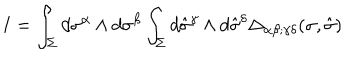
LaTeX: I = \int _ { \Sigma } d \sigma ^ { \alpha } \wedge d \sigma ^ { \beta } \int _ { \Sigma } d \hat { \sigma } ^ { \gamma } \wedge d \hat { \sigma } ^ { \delta } \Delta _ { \alpha \beta ; \gamma \delta } ( \sigma , \hat { \sigma } )